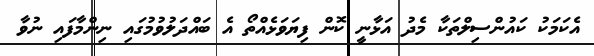
އެކަމަކު ކައުންސިލްތަކާ މެދު އަޅާނީ ކޮން ފިޔަވަޅެއްތޯ އެ ބައްދަލުވުމުގައި ނިންމާފައި ނުވާ